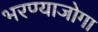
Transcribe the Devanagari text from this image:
भरण्याजोगा